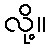
လို့။